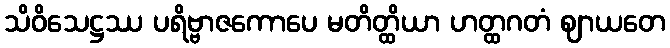
သိဝိသေဋ္ဌဿ ပရိဗ္ဗာဇကောပေ မတိတ္ထိယာ ဟတ္ထဂတံ ဈာယတေ